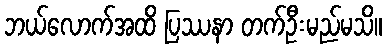
ဘယ်လောက်အထိ ပြဿနာ တက်ဦးမည်မသိ။